Report of the Indian Hemp Drugs Commission, 1894-1895 - Volume I
Year: 1894
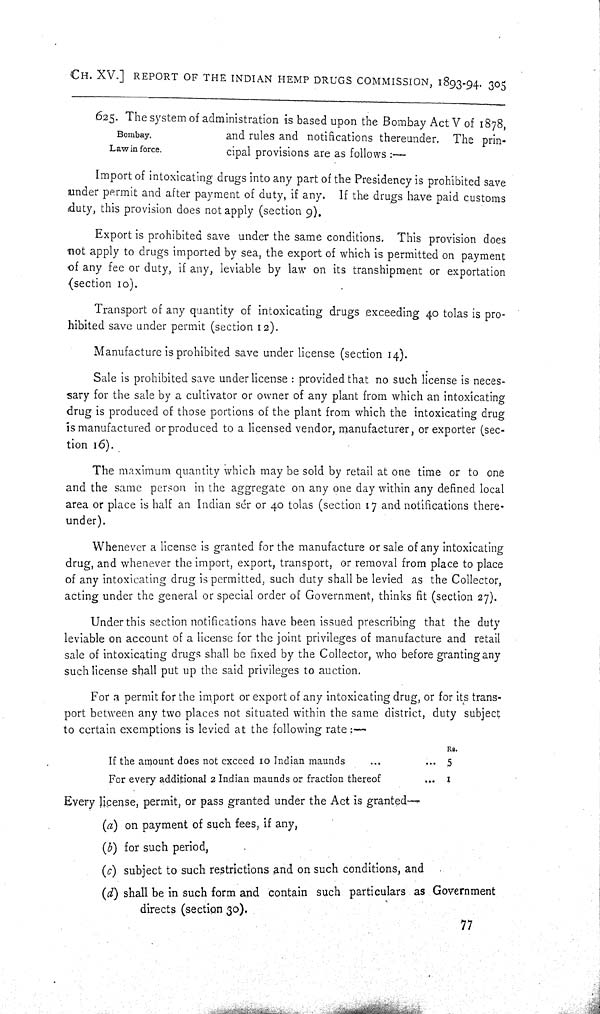
CH. XV.] REPORT OF THE INDIAN HEMP DRUGS COMMISSION, 1893-94. 305
Bombay.
Law in force.
625. The system of administration is based upon the Bombay Act V of 1878,
and rules and notifications thereunder. The prin-
cipal provisions are as follows:—
Import of intoxicating drugs into any part of the Presidency is prohibited save
under permit and after payment of duty, if any. If the drugs have paid customs
duty, this provision does not apply (section 9).
Export is prohibited save under the same conditions. This provision does
not apply to drugs imported by sea, the export of which is permitted on payment
of any fee or duty, if any, leviable by law on its transhipment or exportation
(section 10).
Transport of any quantity of intoxicating drugs exceeding 40 tolas is pro-
hibited save under permit (section 12).
Manufacture is prohibited save under license (section 14).
Sale is prohibited save under license: provided that no such license is neces-
sary for the sale by a cultivator or owner of any plant from which an intoxicating
drug is produced of those portions of the plant from which the intoxicating drug
is manufactured or produced to a licensed vendor, manufacturer, or exporter (sec-
tion 16).
The maximum quantity which may be sold by retail at one time or to one
and the same person in the aggregate on any one day within any defined local
area or place is half an Indian sér or 40 tolas (section 17 and notifications there-
under).
Whenever a license is granted for the manufacture or sale of any intoxicating
drug, and whenever the import, export, transport, or removal from place to place
of any intoxicating drug is permitted, such duty shall be levied as the Collector,
acting under the general or special order of Government, thinks fit (section 27).
Under this section notifications have been issued prescribing that the duty
leviable on account of a license for the joint privileges of manufacture and retail
sale of intoxicating drugs shall be fixed by the Collector, who before granting any
such license shall put up the said privileges to auction.
For a permit for the import or export of any intoxicating drug, or for its trans-
port between any two places not situated within the same district, duty subject
to certain exemptions is levied at the following rate:—
If the amount does not exceed 10 Indian maunds
Rs.
5
For every additional 2 Indian maunds or fraction thereof
1
Every license, permit, or pass granted under the Act is granted—
(a) on payment of such fees, if any,
(b) for such period,
(c) subject to such restrictions and on such conditions, and
(d) shall be in such form and contain such particulars as Government
directs (section 30).
77